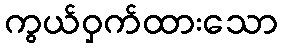
ကွယ်ဝှက်ထားသော